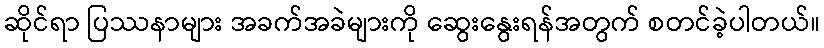
ဆိုင်ရာ ပြဿနာများ အခက်အခဲများကို ဆွေးနွေးရန်အတွက် စတင်ခဲ့ပါတယ်။